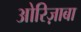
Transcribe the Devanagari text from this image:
ओरिज़ाबा